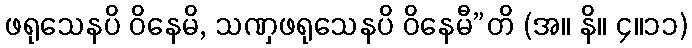
ဖရုသေနပိ ဝိနေမိ, သဏှဖရုသေနပိ ဝိနေမီ”တိ (အ။ နိ။ ၄။၁၁)